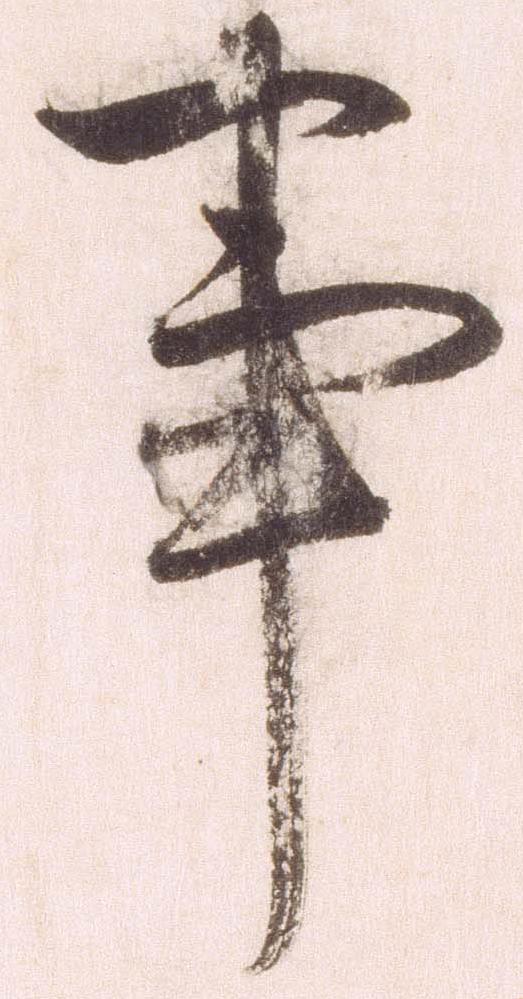
事